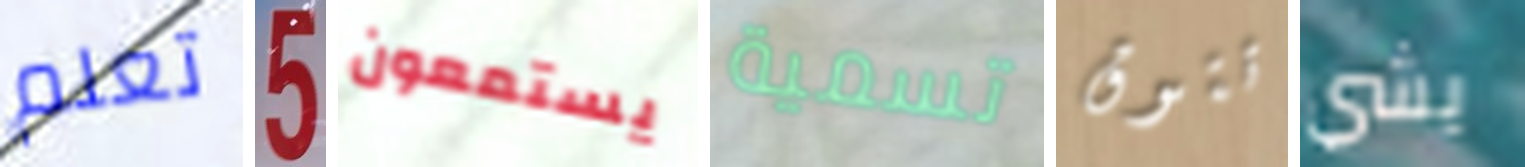
تعلم 5 يستمعون تسمية تتوق يشي